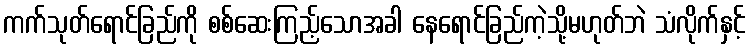
ကက်သုတ်ရောင်ခြည်ကို စစ်ဆေးကြည့်သောအခါ နေရောင်ခြည်ကဲ့သို့မဟုတ်ဘဲ သံလိုက်နှင့်